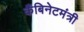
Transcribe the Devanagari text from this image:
कँबिनेटमंत्री